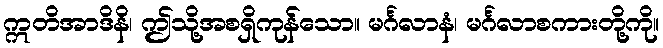
ဣတိအာဒိနိ၊ ဤသို့အစရှိကုန်သော။ မင်္ဂလာနံ၊ မင်္ဂလာစကားတို့ကို။